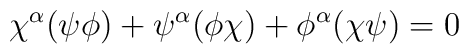
\chi^{\alpha} (\psi \phi) + \psi^{\alpha}(\phi\chi) +\phi^{\alpha}(\chi\psi) = 0